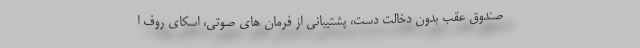
صندوق عقب بدون دخالت دست، پشتیبانی از فرمان های صوتی، اسکای روف ا